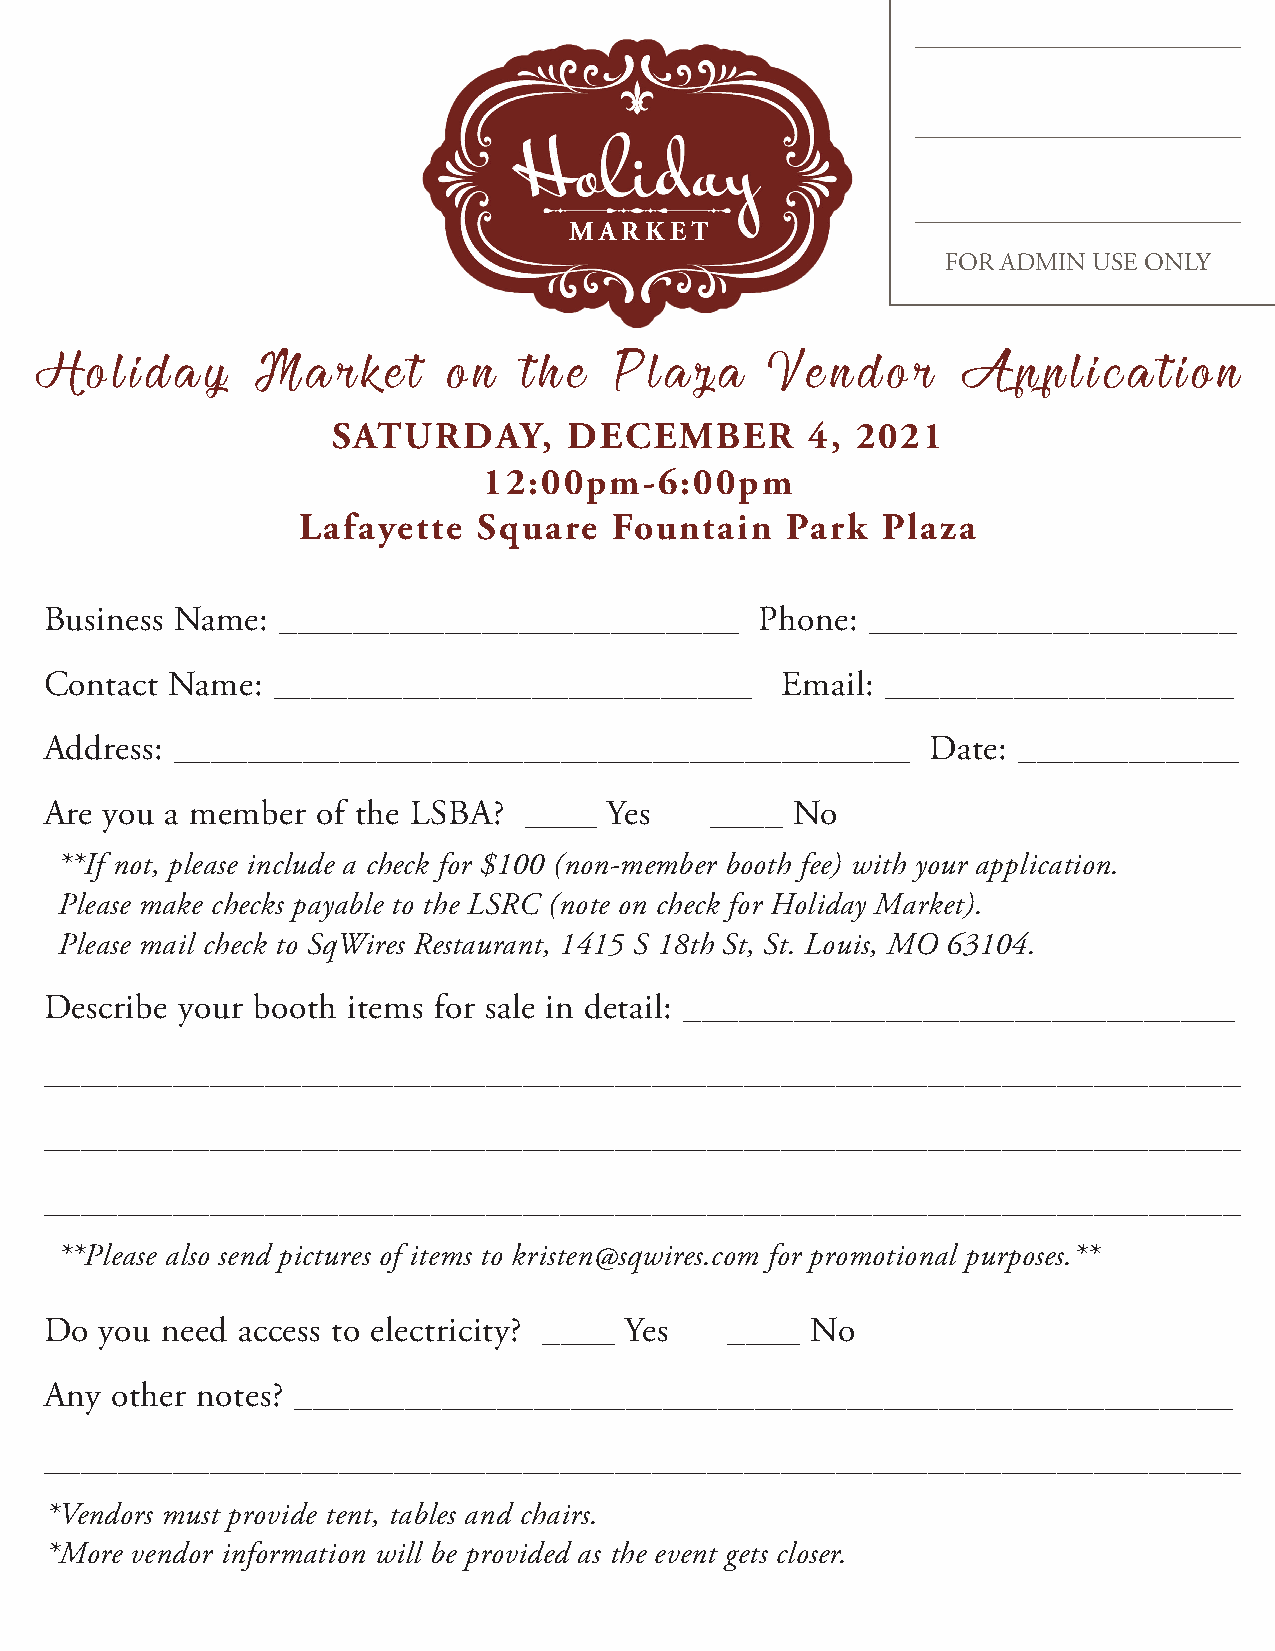
__________________________
 __________________________
 __________________________
 MARKET
 FOR ADMIN USE ONLY
 H   o l i d a y M a r k e t o n  t h e P l a z a V  e n d o r A  p p l i c a t i o n
 SATURDAY,       DECEMBER        4, 2021
 12:00pm-6:00pm
 Lafayette   Square  Fountain    Park  Plaza
 Business Name: _________________________       Phone:  ____________________
 Contact Name:  __________________________        Email: ___________________
 Address: ________________________________________          Date: ____________
 Are you a member  of the LSBA?  ____ Yes    ____ No
 **If not, please include a check for $100 (non-member booth fee) with your application.
 Please make checks payable to the LSRC (note on check for Holiday Market).
 Please mail check to SqWires Restaurant, 1415 S 18th St, St. Louis, MO 63104.
 Describe your booth items for sale in detail: ______________________________
 _________________________________________________________________
 _________________________________________________________________
 _________________________________________________________________
 **Please also send pictures of items to kristen@sqwires.com for promotional purposes.**
 Do  you need access to electricity? ____ Yes ____  No
 Any other notes? ___________________________________________________
 _________________________________________________________________
 *Vendors must provide tent, tables and chairs.
 *More vendor information will be provided as the event gets closer.